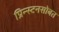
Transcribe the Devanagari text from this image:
प्रिन्स्टनसोबत